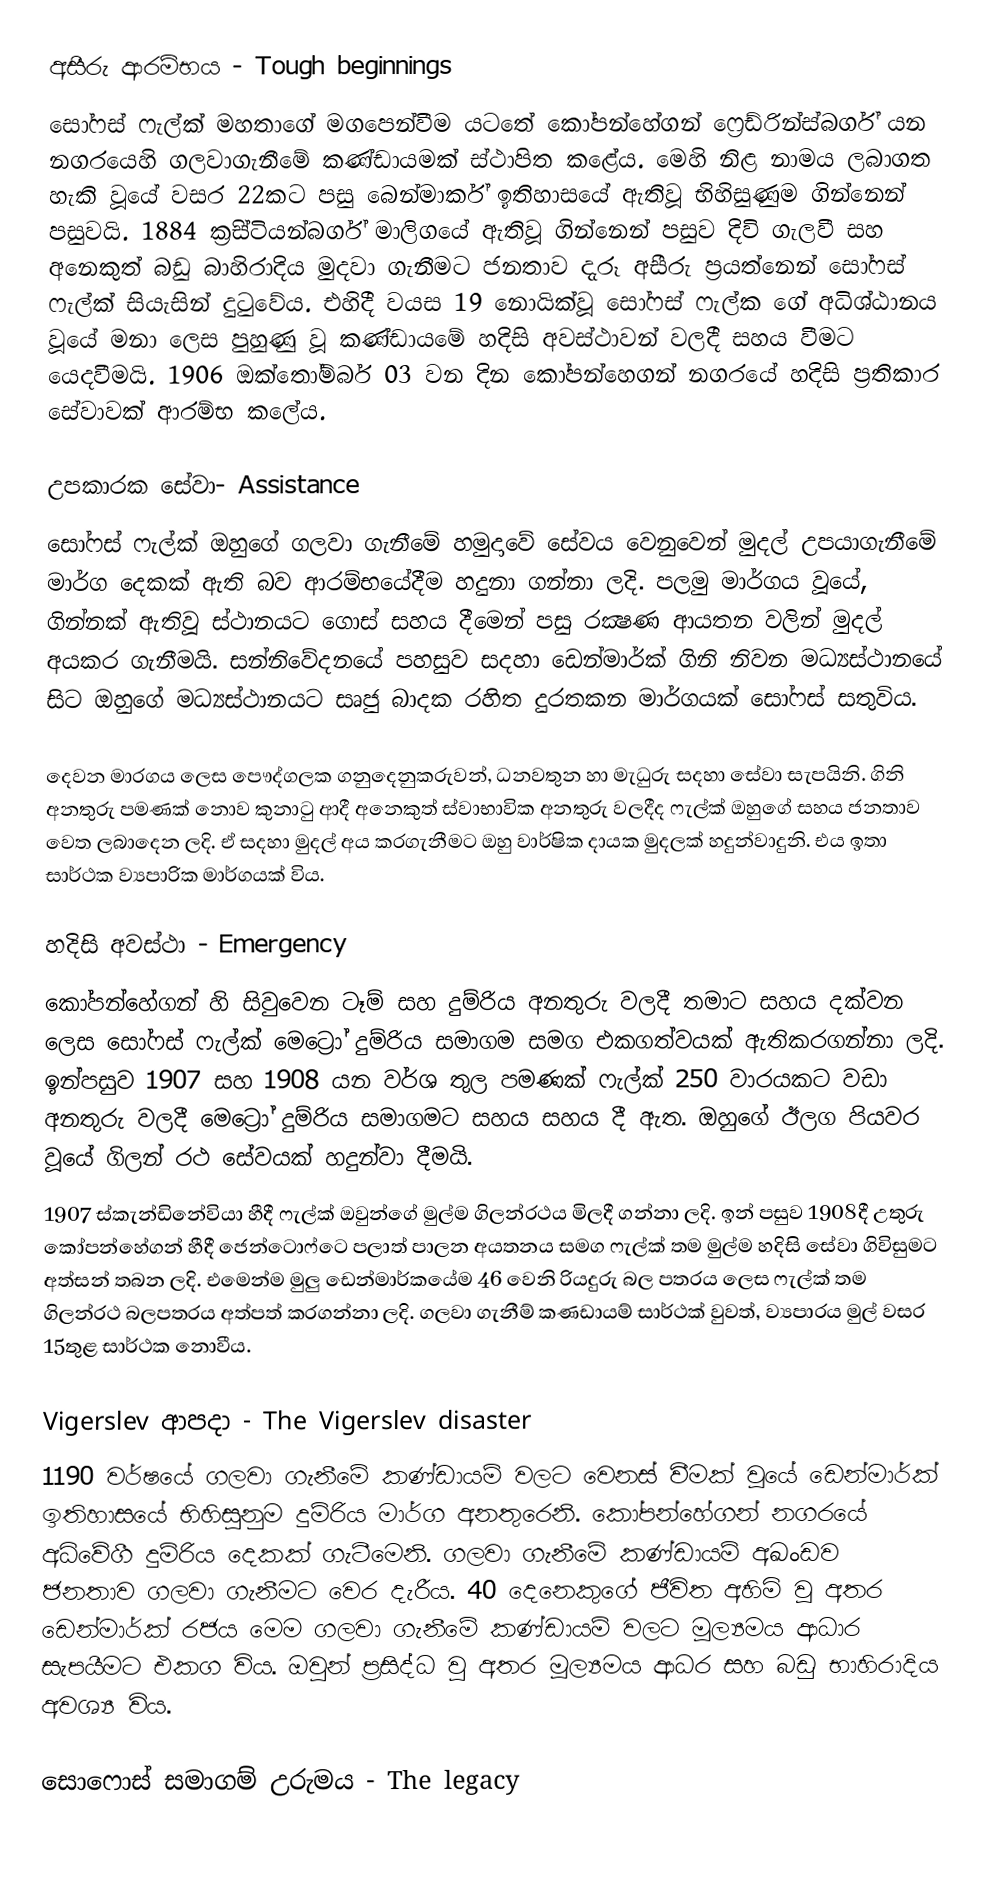
අසීරු ආරම්භය - Tough beginnings
සෝෆස් ෆැල්ක් මහතාගේ මගපෙන්වීම යටතේ කෝපන්හේගන් ෆ්‍රෙඩ්රින්ස්බර්ග් යන නගරයෙහි ගලවාගැනීමේ කණ්ඩායමක් ස්ථාපිත කළේය. මෙහි නිළ නාමය ලබාගත හැකි වූයේ වසර 22කට පසු බෙන්මාර්ක් ඉතිහාසයේ ඇතිවූ භිහිසුණුම ගින්නෙන් පසුවයි. 1884 ක‍්‍රිස්ටියන්බර්ග් මාලිගයේ ඇතිවූ ගින්නෙන් පසුව දිවි ගැලවී සහ අනෙකුත් බඩු බාහිරාදිය මුදවා ගැනීමට ජනතාව දැරූ අසීරු ප‍්‍රයත්නෙන් සෝෆස් ෆැල්ක් සියැසින් දුටුවේය. එහිදී වයස 19 නොයික්වූ සෝෆස් ෆැල්ක ගේ අධිශ්ඨානය වූයේ මනා ලෙස පුහුණු වූ කණ්ඩායමේ හදිසි අවස්ථාවන් වලදී සහය වීමට යෙදවීමයි. 1906 ඔක්තෝම්බර් 03 වන දින කෝපන්හෙගන් නගරයේ හදිසි  ප‍්‍රතිකාර සේවාවක් ආරම්භ කලේය.

උපකාරක සේවා- Assistance
සෝෆස් ෆැල්ක් ඔහුගේ ගලවා ගැනීමේ හමුදාවේ සේවය වෙනුවෙන් මුදල් උපයාගැනීමේ මාර්ග දෙකක් ඇති බව ආරම්භයේදීම හදුනා ගන්නා ලදි. පලමු මාර්ගය වූයේ, ගින්නක් ඇතිවූ ස්ථානයට ගොස් සහය දීමෙන් පසු රක්‍ෂණ ආයතන වලින් මුදල් අයකර ගැනීමයි. සන්නිවේදනයේ පහසුව සදහා ඩෙන්මාර්ක් ගිනි නිවන මධ්‍යස්ථානයේ සිට ඔහුගේ මධ්‍යස්ථානයට සෘජු බාදක රහිත දුරතකන මාර්ගයක් සෝෆස් සතුවිය.

දෙවන මාරගය ලෙස පෞද්ගලක ගනුදෙනුකරුවන්, ධනවතුන හා මැධුරු සදහා සේවා සැපයිනි. ගිනි අනතුරු පමණක් නොව කුනාටු ආදී අනෙකුත් ස්වාභාවික අනතුරු වලදීද ෆැල්ක් ඔහුගේ සහය ජනතාව වෙත ලබාදෙන ලදි. ඒ සදහා මුදල් අය කරගැනීමට ඔහු වාර්ෂික දායක මුදලක් හදුන්වාදුනි. එය ඉතා සාර්ථක ව්‍යපාරික මාර්ගයක් විය.

හදිසි අවස්ථා - Emergency
කෝපන්හේගන් හි සිවුවෙන ටෑම් සහ දුම්රිය අනතුරු වලදී තමාට සහය දක්වන ලෙස සෝෆස් ෆැල්ක් මෙට්‍රෝ දුම්රිය සමාගම සමග එකගත්වයක් ඇතිකරගන්නා ලදි. ඉන්පසුව 1907 සහ 1908 යන වර්ශ තුල පමණක් ෆැල්ක් 250 වාරයකට වඩා අනතුරු වලදී මෙට්‍රෝ දුම්රිය සමාගමට සහය සහය දී ඇත. ඔහුගේ ඊලග පියවර වූයේ ගිලන් රථ සේවයක් හදුන්වා දීමයි.
1907 ස්කැන්ඩිනේවියා හීදී ෆැල්ක් ඔවුන්ගේ මුල්ම ගිලන්රථය මිලදී ගන්නා ලදි. ඉන් පසුව 1908දී උතුරු කෝපන්හේගන් හීදී ජෙන්ටොෆ්ටෙ පලාත් පාලන අයතනය සමග ෆැල්ක් තම මුල්ම හදිසි සේවා ගිවිසුමට අත්සන් තබන ලදි. එමෙන්ම මුලු ඩෙන්මාර්කයේම 46 වෙනි රියදුරු බල පත‍්‍රය ලෙස ෆැල්ක් තම ගිලන්රථ බලපත‍්‍රය අත්පත් කරගන්නා ලදි. ගලවා ගැනීම් කණඩායම් සාර්ථක් වුවත්, ව්‍යපාරය මුල් වසර 15තුළ සාර්ථක නොවීය.

Vigerslev ආපදා - The Vigerslev disaster
1190 වර්ෂයේ ගලවා ගැනීමේ කණ්ඩායම් වලට වෙනස් වීමක් වූයේ ඩෙන්මාර්ක් ඉතිහාසයේ භිහිසුනුම දුම්රිය මාර්ග අනතුරෙනි. කෝපන්හේගන් නගරයේ අධිවේගී දුම්රිය දෙකක් ගැටීමෙනි. ගලවා ගැනීමේ කණ්ඩායම් අඛංඩව ජනතාව ගලවා ගැනීමට වෙර දැරීය. 40 දෙනෙකුගේ ජීවිත අහිමි වූ අතර ඩෙන්මාර්ක් රජය මෙම ගලවා ගැනීමේ කණ්ඩායම් වලට මූල්‍යමය ආධාර සැපයීමට එකග විය. ඔවුන් ප‍්‍රසිද්ධ වු අතර මූල්‍යමය ආධර සහ බඩු භාහිරාදිය අවශ්‍ය විය.

සොෆොස් සමාගම් උරුමය - The legacy